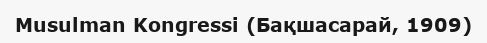
Musulman Kongressi (Бақшасарай, 1909)